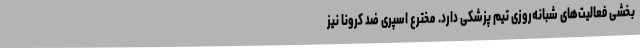
بخشی فعالیت‌های شبانه‌روزی تیم پزشکی دارد. مخترع اسپری ضد کرونا نیز